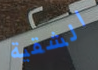
الشقية